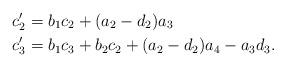
LaTeX: \begin{align*}c'_2 &= b_1c_2+(a_2-d_2)a_3 \\c'_3 &= b_1c_3+b_2c_2+(a_2-d_2)a_4-a_3d_3. \\\end{align*}